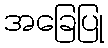
အခြေပြု